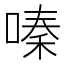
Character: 嗪